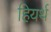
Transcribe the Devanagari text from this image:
हियर्थ